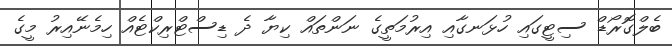
ބެލްގޮރޯޑް ސިޓީގައި ހުޅަނގާއި އިރުމަތީގެ ނަންތައް ކިޔާ ދެ ޑިސްޓްރިކްޓެއް ހިމެނޭއިރު މީގެ